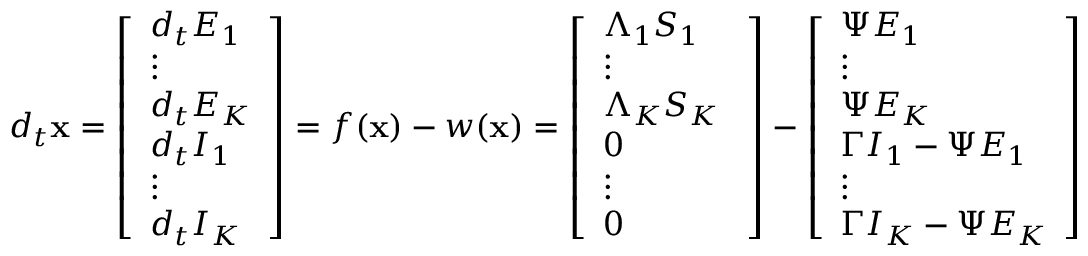
d _ { t } \mathbf { x } = \left[ \begin{array} { l } { d _ { t } E _ { 1 } } \\ { \vdots } \\ { d _ { t } E _ { K } } \\ { d _ { t } I _ { 1 } } \\ { \vdots } \\ { d _ { t } I _ { K } } \end{array} \right] = f ( \mathbf { x } ) - w ( \mathbf { x } ) = \left[ \begin{array} { l } { \Lambda _ { 1 } S _ { 1 } } \\ { \vdots } \\ { \Lambda _ { K } S _ { K } \ } \\ { 0 } \\ { \vdots } \\ { 0 } \end{array} \right] - \left[ \begin{array} { l } { \Psi E _ { 1 } } \\ { \vdots } \\ { \Psi E _ { K } } \\ { \Gamma I _ { 1 } - \Psi E _ { 1 } } \\ { \vdots } \\ { \Gamma I _ { K } - \Psi E _ { K } } \end{array} \right]